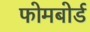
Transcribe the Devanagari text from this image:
फोमबोर्ड